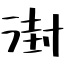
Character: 湗